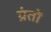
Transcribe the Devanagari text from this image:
ग्रंतों